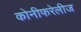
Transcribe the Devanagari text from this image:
कोनीफरेलीज